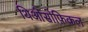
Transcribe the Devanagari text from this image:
थिओसोफ़िकल